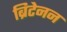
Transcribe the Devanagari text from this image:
ब्रिटेनन